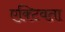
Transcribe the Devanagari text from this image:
एक्टिवता